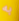
به